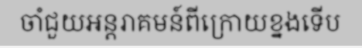
ចាំជួយអន្តរាគមន៍ពីក្រោយខ្នងទើប